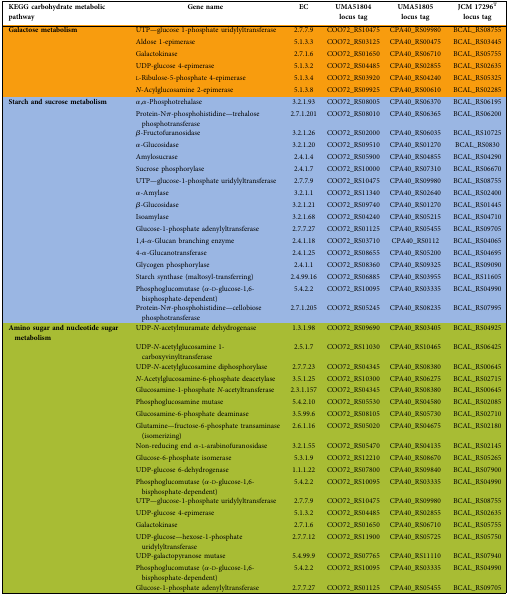
<table><thead><tr><td><b>KEGG carbohydrate metabolic pathway</b></td><td><b>Gene name</b></td><td><b>EC</b></td><td><b>UMA51804 locus tag</b></td><td><b>UMA51805 locus tag</b></td><td><b>JCM 17296<sup>T</sup> locus tag</b></td></tr></thead><tbody><tr><td><b>Galactose metabolism</b></td><td>UTP—glucose 1-phosphate uridylyltransferase</td><td>2.7.7.9</td><td>COO72_RS10475</td><td>CPA40_RS09980</td><td>BCAL_RS08755</td></tr><tr><td></td><td>Aldose 1-epimerase</td><td>5.1.3.3</td><td>COO72_RS03125</td><td>CPA40_RS00475</td><td>BCAL_RS03445</td></tr><tr><td></td><td>Galactokinase</td><td>2.7.1.6</td><td>COO72_RS01650</td><td>CPA40_RS06710</td><td>BCAL_RS05755</td></tr><tr><td></td><td>UDP-glucose 4-epimerase</td><td>5.1.3.2</td><td>COO72_RS04485</td><td>CPA40_RS02855</td><td>BCAL_RS02635</td></tr><tr><td></td><td>l-Ribulose-5-phosphate 4-epimerase</td><td>5.1.3.4</td><td>COO72_RS03920</td><td>CPA40_RS04240</td><td>BCAL_RS05325</td></tr><tr><td></td><td><i>N</i>-Acylglucosamine 2-epimerase</td><td>5.1.3.8</td><td>COO72_RS09925</td><td>CPA40_RS00610</td><td>BCAL_RS02285</td></tr><tr><td><b>Starch and sucrose metabolism</b></td><td>α,α-Phosphotrehalase</td><td>3.2.1.93</td><td>COO72_RS08005</td><td>CPA40_RS06370</td><td>BCAL_RS06195</td></tr><tr><td></td><td>Protein-Nπ-phosphohistidine—trehalose phosphotransferase</td><td>2.7.1.201</td><td>COO72_RS08010</td><td>CPA40_RS06365</td><td>BCAL_RS06200</td></tr><tr><td></td><td>β-Fructofuranosidase</td><td>3.2.1.26</td><td>COO72_RS02000</td><td>CPA40_RS06035</td><td>BCAL_RS10725</td></tr><tr><td></td><td>α-Glucosidase</td><td>3.2.1.20</td><td>COO72_RS09510</td><td>CPA40_RS01270</td><td>BCAL_RS0830</td></tr><tr><td></td><td>Amylosucrase</td><td>2.4.1.4</td><td>COO72_RS05900</td><td>CPA40_RS04855</td><td>BCAL_RS04290</td></tr><tr><td></td><td>Sucrose phosphorylase</td><td>2.4.1.7</td><td>COO72_RS10000</td><td>CPA40_RS07310</td><td>BCAL_RS06670</td></tr><tr><td></td><td>UTP—glucose-1-phosphate uridylyltransferase</td><td>2.7.7.9</td><td>COO72_RS10475</td><td>CPA40_RS09980</td><td>BCAL_RS08755</td></tr><tr><td></td><td>α-Amylase</td><td>3.2.1.1</td><td>COO72_RS11340</td><td>CPA40_RS02640</td><td>BCAL_RS02400</td></tr><tr><td></td><td>β-Glucosidase</td><td>3.2.1.21</td><td>COO72_RS09740</td><td>CPA40_RS01270</td><td>BCAL_RS01445</td></tr><tr><td></td><td>Isoamylase</td><td>3.2.1.68</td><td>COO72_RS04240</td><td>CPA40_RS05215</td><td>BCAL_RS04710</td></tr><tr><td></td><td>Glucose-1-phosphate adenylyltransferase</td><td>2.7.7.27</td><td>COO72_RS01125</td><td>CPA40_RS05455</td><td>BCAL_RS09705</td></tr><tr><td></td><td>1,4-α-Glucan branching enzyme</td><td>2.4.1.18</td><td>COO72_RS03710</td><td>CPA40_RS0112</td><td>BCAL_RS04065</td></tr><tr><td></td><td>4-α-Glucanotransferase</td><td>2.4.1.25</td><td>COO72_RS08655</td><td>CPA40_RS05200</td><td>BCAL_RS04695</td></tr><tr><td></td><td>Glycogen phosphorylase</td><td>2.4.1.1</td><td>COO72_RS08360</td><td>CPA40_RS09325</td><td>BCAL_RS09090</td></tr><tr><td></td><td>Starch synthase (maltosyl-transferring)</td><td>2.4.99.16</td><td>COO72_RS06885</td><td>CPA40_RS03955</td><td>BCAL_RS11605</td></tr><tr><td></td><td>Phosphoglucomutase (α-d-glucose-1,6-bisphosphate-dependent)</td><td>5.4.2.2</td><td>COO72_RS10095</td><td>CPA40_RS03335</td><td>BCAL_RS04990</td></tr><tr><td></td><td>Protein-Nπ-phosphohistidine—cellobiose phosphotransferase</td><td>2.7.1.205</td><td>COO72_RS05245</td><td>CPA40_RS08235</td><td>BCAL_RS07995</td></tr><tr><td><b>Amino sugar and nucleotide sugar metabolism</b></td><td>UDP-<i>N</i>-acetylmuramate dehydrogenase</td><td>1.3.1.98</td><td>COO72_RS09690</td><td>CPA40_RS03405</td><td>BCAL_RS04925</td></tr><tr><td></td><td>UDP-<i>N</i>-acetylglucosamine 1-carboxyvinyltransferase</td><td>2.5.1.7</td><td>COO72_RS11030</td><td>CPA40_RS10465</td><td>BCAL_RS06425</td></tr><tr><td></td><td>UDP-<i>N</i>-acetylglucosamine diphosphorylase</td><td>2.7.7.23</td><td>COO72_RS04345</td><td>CPA40_RS08380</td><td>BCAL_RS00645</td></tr><tr><td></td><td><i>N</i>-Acetylglucosamine-6-phosphate deacetylase</td><td>3.5.1.25</td><td>COO72_RS10300</td><td>CPA40_RS06275</td><td>BCAL_RS02715</td></tr><tr><td></td><td>Glucosamine-1-phosphate <i>N</i>-acetyltransferase</td><td>2.3.1.157</td><td>COO72_RS04345</td><td>CPA40_RS08380</td><td>BCAL_RS00645</td></tr><tr><td></td><td>Phosphoglucosamine mutase</td><td>5.4.2.10</td><td>COO72_RS05530</td><td>CPA40_RS04580</td><td>BCAL_RS02085</td></tr><tr><td></td><td>Glucosamine-6-phosphate deaminase</td><td>3.5.99.6</td><td>COO72_RS08105</td><td>CPA40_RS05730</td><td>BCAL_RS02710</td></tr><tr><td></td><td>Glutamine—fructose-6-phosphate transaminase (isomerizing)</td><td>2.6.1.16</td><td>COO72_RS05020</td><td>CPA40_RS04675</td><td>BCAL_RS02180</td></tr><tr><td></td><td>Non-reducing end α-l-arabinofuranosidase</td><td>3.2.1.55</td><td>COO72_RS05470</td><td>CPA40_RS04135</td><td>BCAL_RS02145</td></tr><tr><td></td><td>Glucose-6-phosphate isomerase</td><td>5.3.1.9</td><td>COO72_RS12210</td><td>CPA40_RS08670</td><td>BCAL_RS05265</td></tr><tr><td></td><td>UDP-glucose 6-dehydrogenase</td><td>1.1.1.22</td><td>COO72_RS07800</td><td>CPA40_RS09840</td><td>BCAL_RS07900</td></tr><tr><td></td><td>Phosphoglucomutase (α-d-glucose-1,6-bisphosphate-dependent)</td><td>5.4.2.2</td><td>COO72_RS10095</td><td>CPA40_RS03335</td><td>BCAL_RS04990</td></tr><tr><td></td><td>UTP—glucose-1-phosphate uridylyltransferase</td><td>2.7.7.9</td><td>COO72_RS10475</td><td>CPA40_RS09980</td><td>BCAL_RS08755</td></tr><tr><td></td><td>UDP-glucose 4-epimerase</td><td>5.1.3.2</td><td>COO72_RS04485</td><td>CPA40_RS02855</td><td>BCAL_RS02635</td></tr><tr><td></td><td>Galactokinase</td><td>2.7.1.6</td><td>COO72_RS01650</td><td>CPA40_RS06710</td><td>BCAL_RS05755</td></tr><tr><td></td><td>UDP-glucose—hexose-1-phosphate uridylyltransferase</td><td>2.7.7.12</td><td>COO72_RS11900</td><td>CPA40_RS05725</td><td>BCAL_RS05750</td></tr><tr><td></td><td>UDP-galactopyranose mutase</td><td>5.4.99.9</td><td>COO72_RS07765</td><td>CPA40_RS11110</td><td>BCAL_RS07940</td></tr><tr><td></td><td>Phosphoglucomutase (α-d-glucose-1,6-bisphosphate-dependent)</td><td>5.4.2.2</td><td>COO72_RS10095</td><td>CPA40_RS03335</td><td>BCAL_RS04990</td></tr><tr><td></td><td>Glucose-1-phosphate adenylyltransferase</td><td>2.7.7.27</td><td>COO72_RS01125</td><td>CPA40_RS05455</td><td>BCAL_RS09705</td></tr></tbody></table>